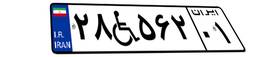
۲۸W۵۶۲۰۱